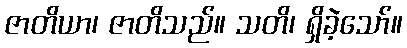
ဇာတိယာ၊ ဇာတိသည်။ သတိ၊ ရှိခဲ့သော်။